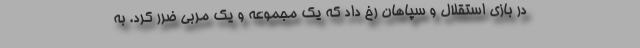
در بازی استقلال و سپاهان رخ داد که یک مجموعه و یک مربی ضرر کرد. به